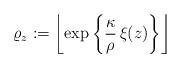
LaTeX: \begin{align*}\varrho_z := \left\lfloor \exp \left\{ \frac{\kappa}{\rho} \, \xi(z) \right\} \right\rfloor\end{align*}